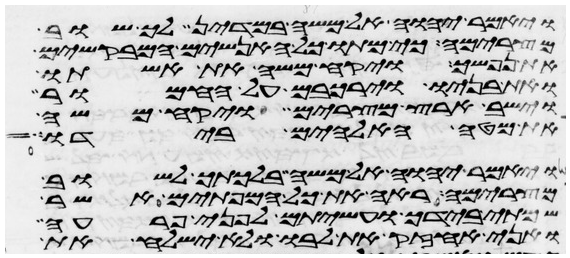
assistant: ויאמר יהוה אל משה במדין לך שוב
מצרימה כי מתו כל האנשים המבקשים
את נפשך ויקח משה את אשתו
ואת בניו וירכבם על החמור
וישב ארץ מצרים ויקח משה
את מטה האלהים בידו
ויאמר יהוה אל משה בלכתך לשוב
מצרימה ראה את כל המופתים אשר
שמתי בידך ועשיתם לפני פרעה
ואני אחזיק את לבו ולא ישלח את